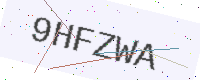
Text: 9HFZWA